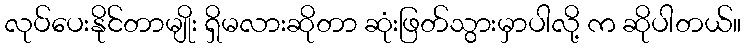
လုပ်ပေးနိုင်တာမျိုး ရှိမလားဆိုတာ ဆုံးဖြတ်သွားမှာပါလို့ က ဆိုပါတယ်။